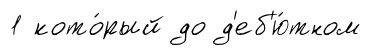
1 кото́рый до д'еб'ю́тном